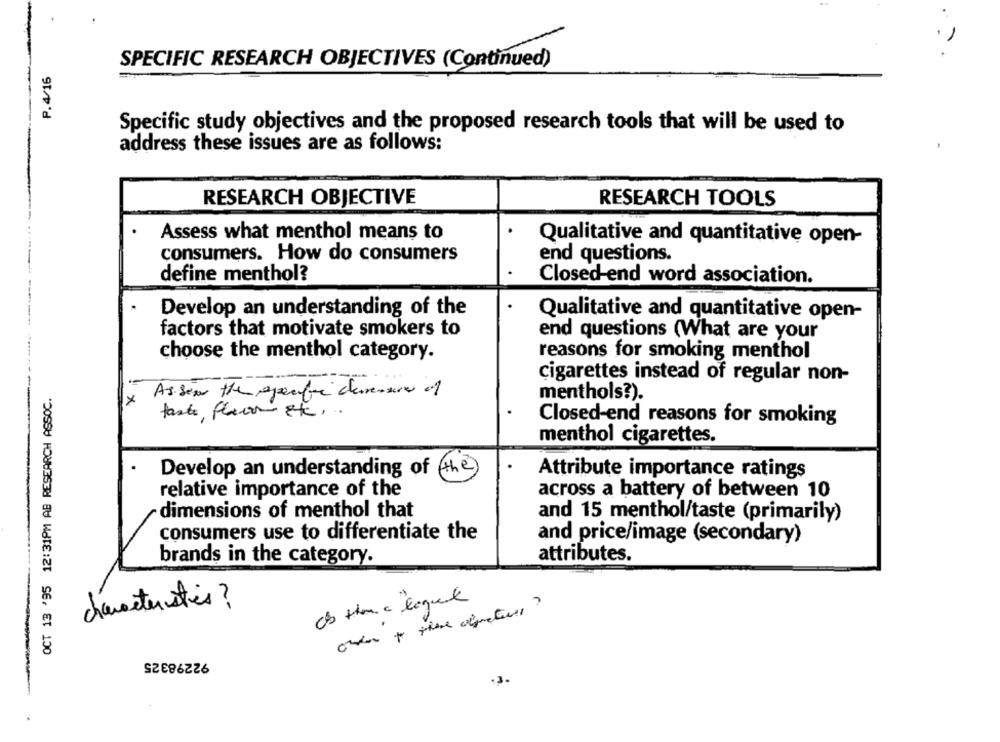
SPECIFIC RESEARCH OBJECTIVES (Continued)
P.4/16
Specific study objectives and the proposed research tools that will be used to
address these issues are as follows:
RESEARCH OBJECTIVE
RESEARCH TOOLS
. ....
Assess what menthol means to
Qualitative and quantitative open-
consumers. How do consumers
end questions.
define menthol?
Closed-end word association.
Develop an understanding of the
Qualitative and quantitative open-
factors that motivate smokers to
end questions (What are your
choose the menthol category.
reasons for smoking menthol
cigarettes instead of regular non-
OCT 13 '95 12:31PM AB RESEARCH ASSOC.
Assim the specific durenure of
menthols?).
fast floor et ,.
Closed-end reasons for smoking
menthol cigarettes.
.
Develop an understanding of the
Attribute importance ratings
relative importance of the
across a battery of between 10
dimensions of menthol that
and 15 menthol/taste (primarily)
consumers use to differentiate the
and price/image (secondary)
brands in the category.
attributes.
cs them a loquel
characteristics?
92298325